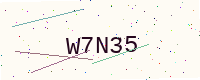
Text: W7N35